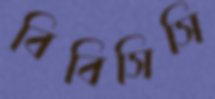
বিবিসিসি